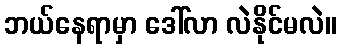
ဘယ်နေရာမှာ ဒေါ်လာ လဲနိုင်မလဲ။